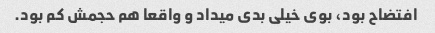
افتضاح بود، بوی خیلی بدی میداد و واقعا هم حجمش کم بود.